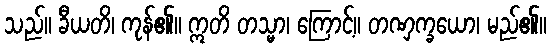
သည်။ ခီယတိ၊ ကုန်၏။ ဣတိ တသ္မာ၊ ကြောင့်။ တဏှက္ခယော၊ မည်၏။